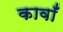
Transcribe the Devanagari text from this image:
कावाँ